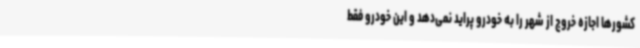
کشورها اجازه خروج از شهر را به خودرو پراید نمی‌دهد و این خودرو فقط